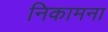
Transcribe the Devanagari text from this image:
निकामना